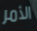
الأمر